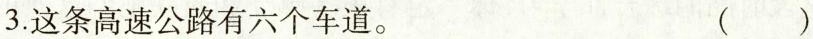
3.这条高速公路有六个车\underset{·}{道}。 ( )